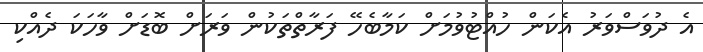
އެ ދުވަސްވަރު އެކަން ހުއްޓުވުމަށް ކަމާބެހޭ ފަރާތްތަކުން ވަރަށް ބޮޑަށް ވާހަކަ ދެއްކި